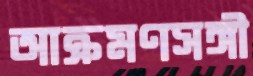
আক্রমণসঙ্গী